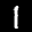
Label: 1